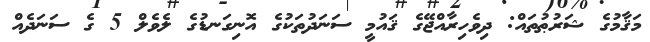
މަޤާމުގެ ޝަރުޠުތައް: ދިވެހިރާއްޖޭގެ ޤައުމީ ސަނަދުތަކުގެ އޮނިގަނޑުގެ ލެވެލް 5 ގެ ސަނަދެއް